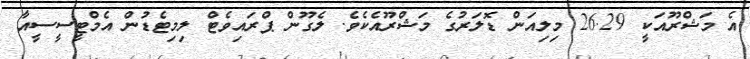
އެ މަޝްރޫއަކީ 26.29 މިލިއަން ޑޮލަރުގެ މަޝްރޫއެކެވެ. ލެގޫން ޕްރައިވެޓް ލިމިޓެޑުން އެމްޓީސީސީއާ